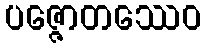
ပဇ္ဇောတဿေဝ